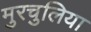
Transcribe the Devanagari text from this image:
मुरचुलिया